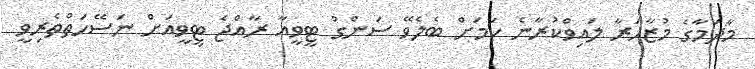
މާދަމާގެ މުޒާހަރާ ލައިވްކުރާނެ ކަމަށް ބެލެވޭ ސަންގު ޓީވީއާ ރާއްޖެ ޓީވީއަށް ނަސޭހަތްތެރިވީ